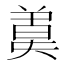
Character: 𣍄